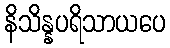
နိသိန္နပရိသာယပေ